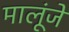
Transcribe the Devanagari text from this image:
मालूंजे